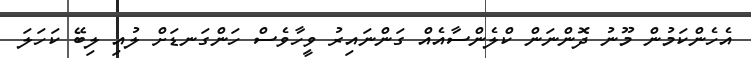
އެހެންކަމުން މޫނު ދޮންނަން ކްލެންސާއެއް ގަންނައިރު ވީހާވެސް ހަންގަނޑަށް ލުއި ލިބޭ ކަހަލަ